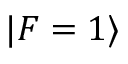
| F = 1 \rangle